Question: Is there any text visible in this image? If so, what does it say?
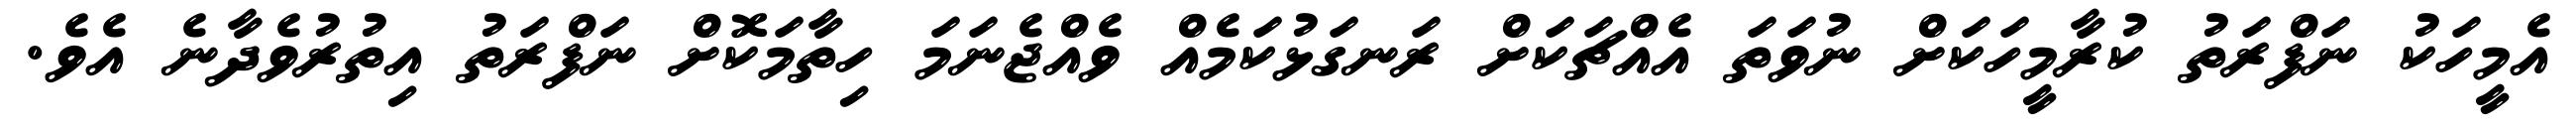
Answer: އެމީހަކު ނަފްރަތު ކުރާމީހަކަށް ނުވަތަ އެއްޗަކަށް ރަނގަޅުކަމެއް ވެއްޖެނަމަ ހިތާމަކޮށް ނަފްރަތު އިތުރުވެދާނެ އެވެ.